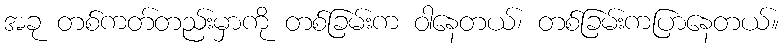
အခု တစ်ကတ်တည်းမှာကို တစ်ခြမ်းက ဝါနေတယ်၊ တစ်ခြမ်းကပြာနေတယ်။